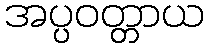
အပ္ပဝတ္တာယ